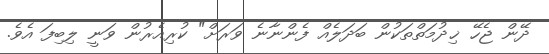
ދޭން ޖެހޭ ޚިދުމަތްތަކުން ބަދަލެއް ފެންނާނެ ވަރަށް" ކުރިއެރުން ވަނީ ލިބިފަ އެވެ.